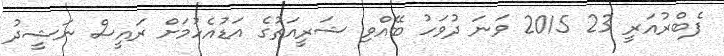
ފެބްރުއަރީ 23 2015 ވަނަ ދުވަހު ބޭއްވި ޝަރީއަތުގެ އަޑުއެހުމަށް ރައީސް ނަޝީދު